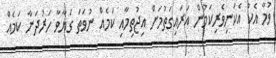
ވުމާ އެކު އެކަނިވެރިކަމުން އަރައިގަތުމަށް އިޖުތިމާއި ކަމެއް ނުވަތަ ގަޔާވާ ހަރުދަނާ ކަމެއް